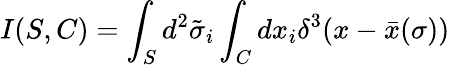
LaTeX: I(S,C)=\int_{S}d^{2}\tilde{\sigma}_{i}\int_{C}dx_{i}\delta^{3}(x-\bar{x}(\sigma))